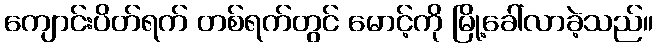
ကျောင်းပိတ်ရက် တစ်ရက်တွင် မောင့်ကို မြို့ခေါ်လာခဲ့သည်။